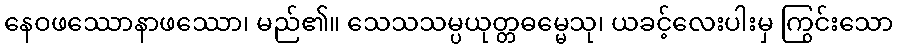
နေဝဖဿောနာဖဿော၊ မည်၏။ သေသသမ္ပယုတ္တဓမ္မေသု၊ ယခင့်လေးပါးမှ ကြွင်းသော